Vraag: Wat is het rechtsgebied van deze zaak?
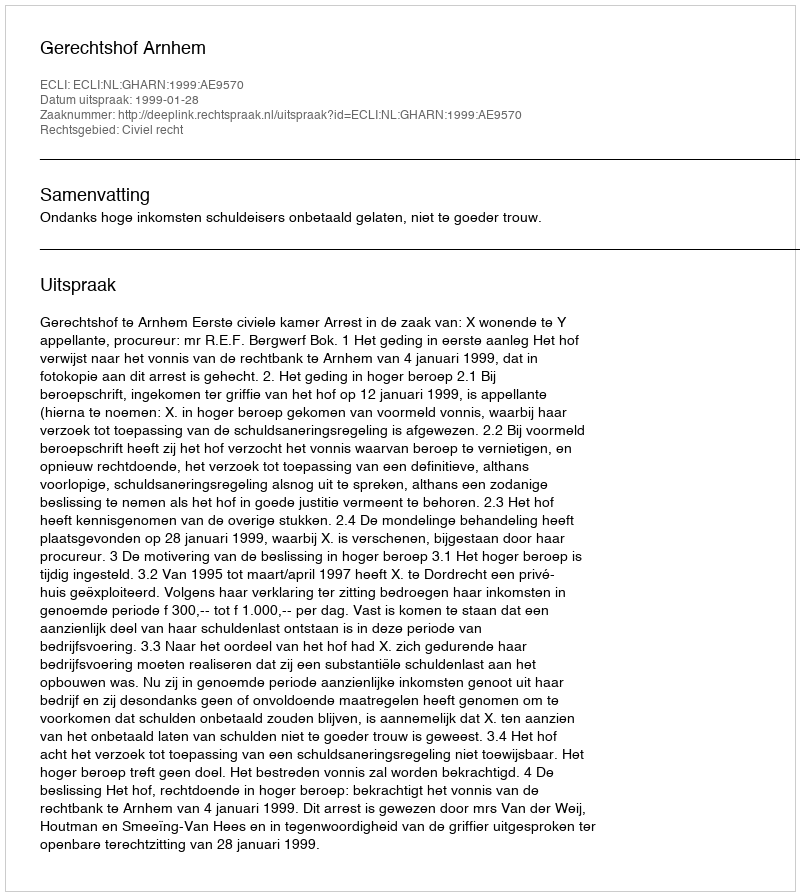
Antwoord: Civiel recht